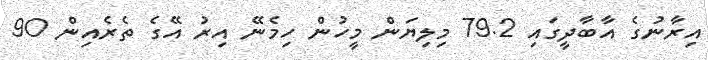
އިރާނުގެ އާބާދީގައި 79.2 މިލިޔަން މީހުން ހިމެނޭ އިރު އޭގެ ތެރެއިން 90